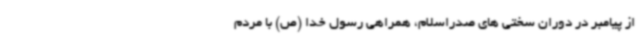
از پیامبر در دوران سختی های صدراسلام، همراهی رسول خدا (ص) با مردم